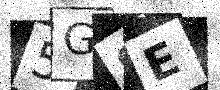
Text: 5GSE